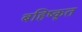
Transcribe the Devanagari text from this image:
बहिष्‍कृत